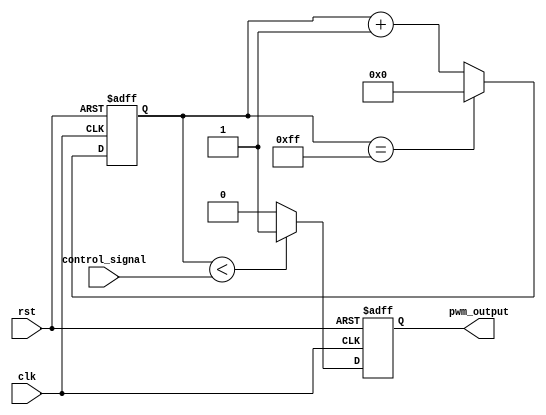
module PWM_timer(
    input clk,
    input rst,
    input control_signal,
    output reg pwm_output
);

reg [7:0] counter;

always @ (posedge clk or posedge rst) begin
    if (rst) begin
        counter <= 8'b0;
        pwm_output <= 1'b0;
    end else begin
        if (counter < control_signal) begin
            pwm_output <= 1'b1;
        end else begin
            pwm_output <= 1'b0;
        end
        
        counter <= counter + 1;
        if (counter == 8'b11111111) begin
            counter <= 8'b0;
        end
    end
end

endmodule